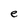
Character: e